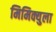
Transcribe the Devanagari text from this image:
मिमिक्युला